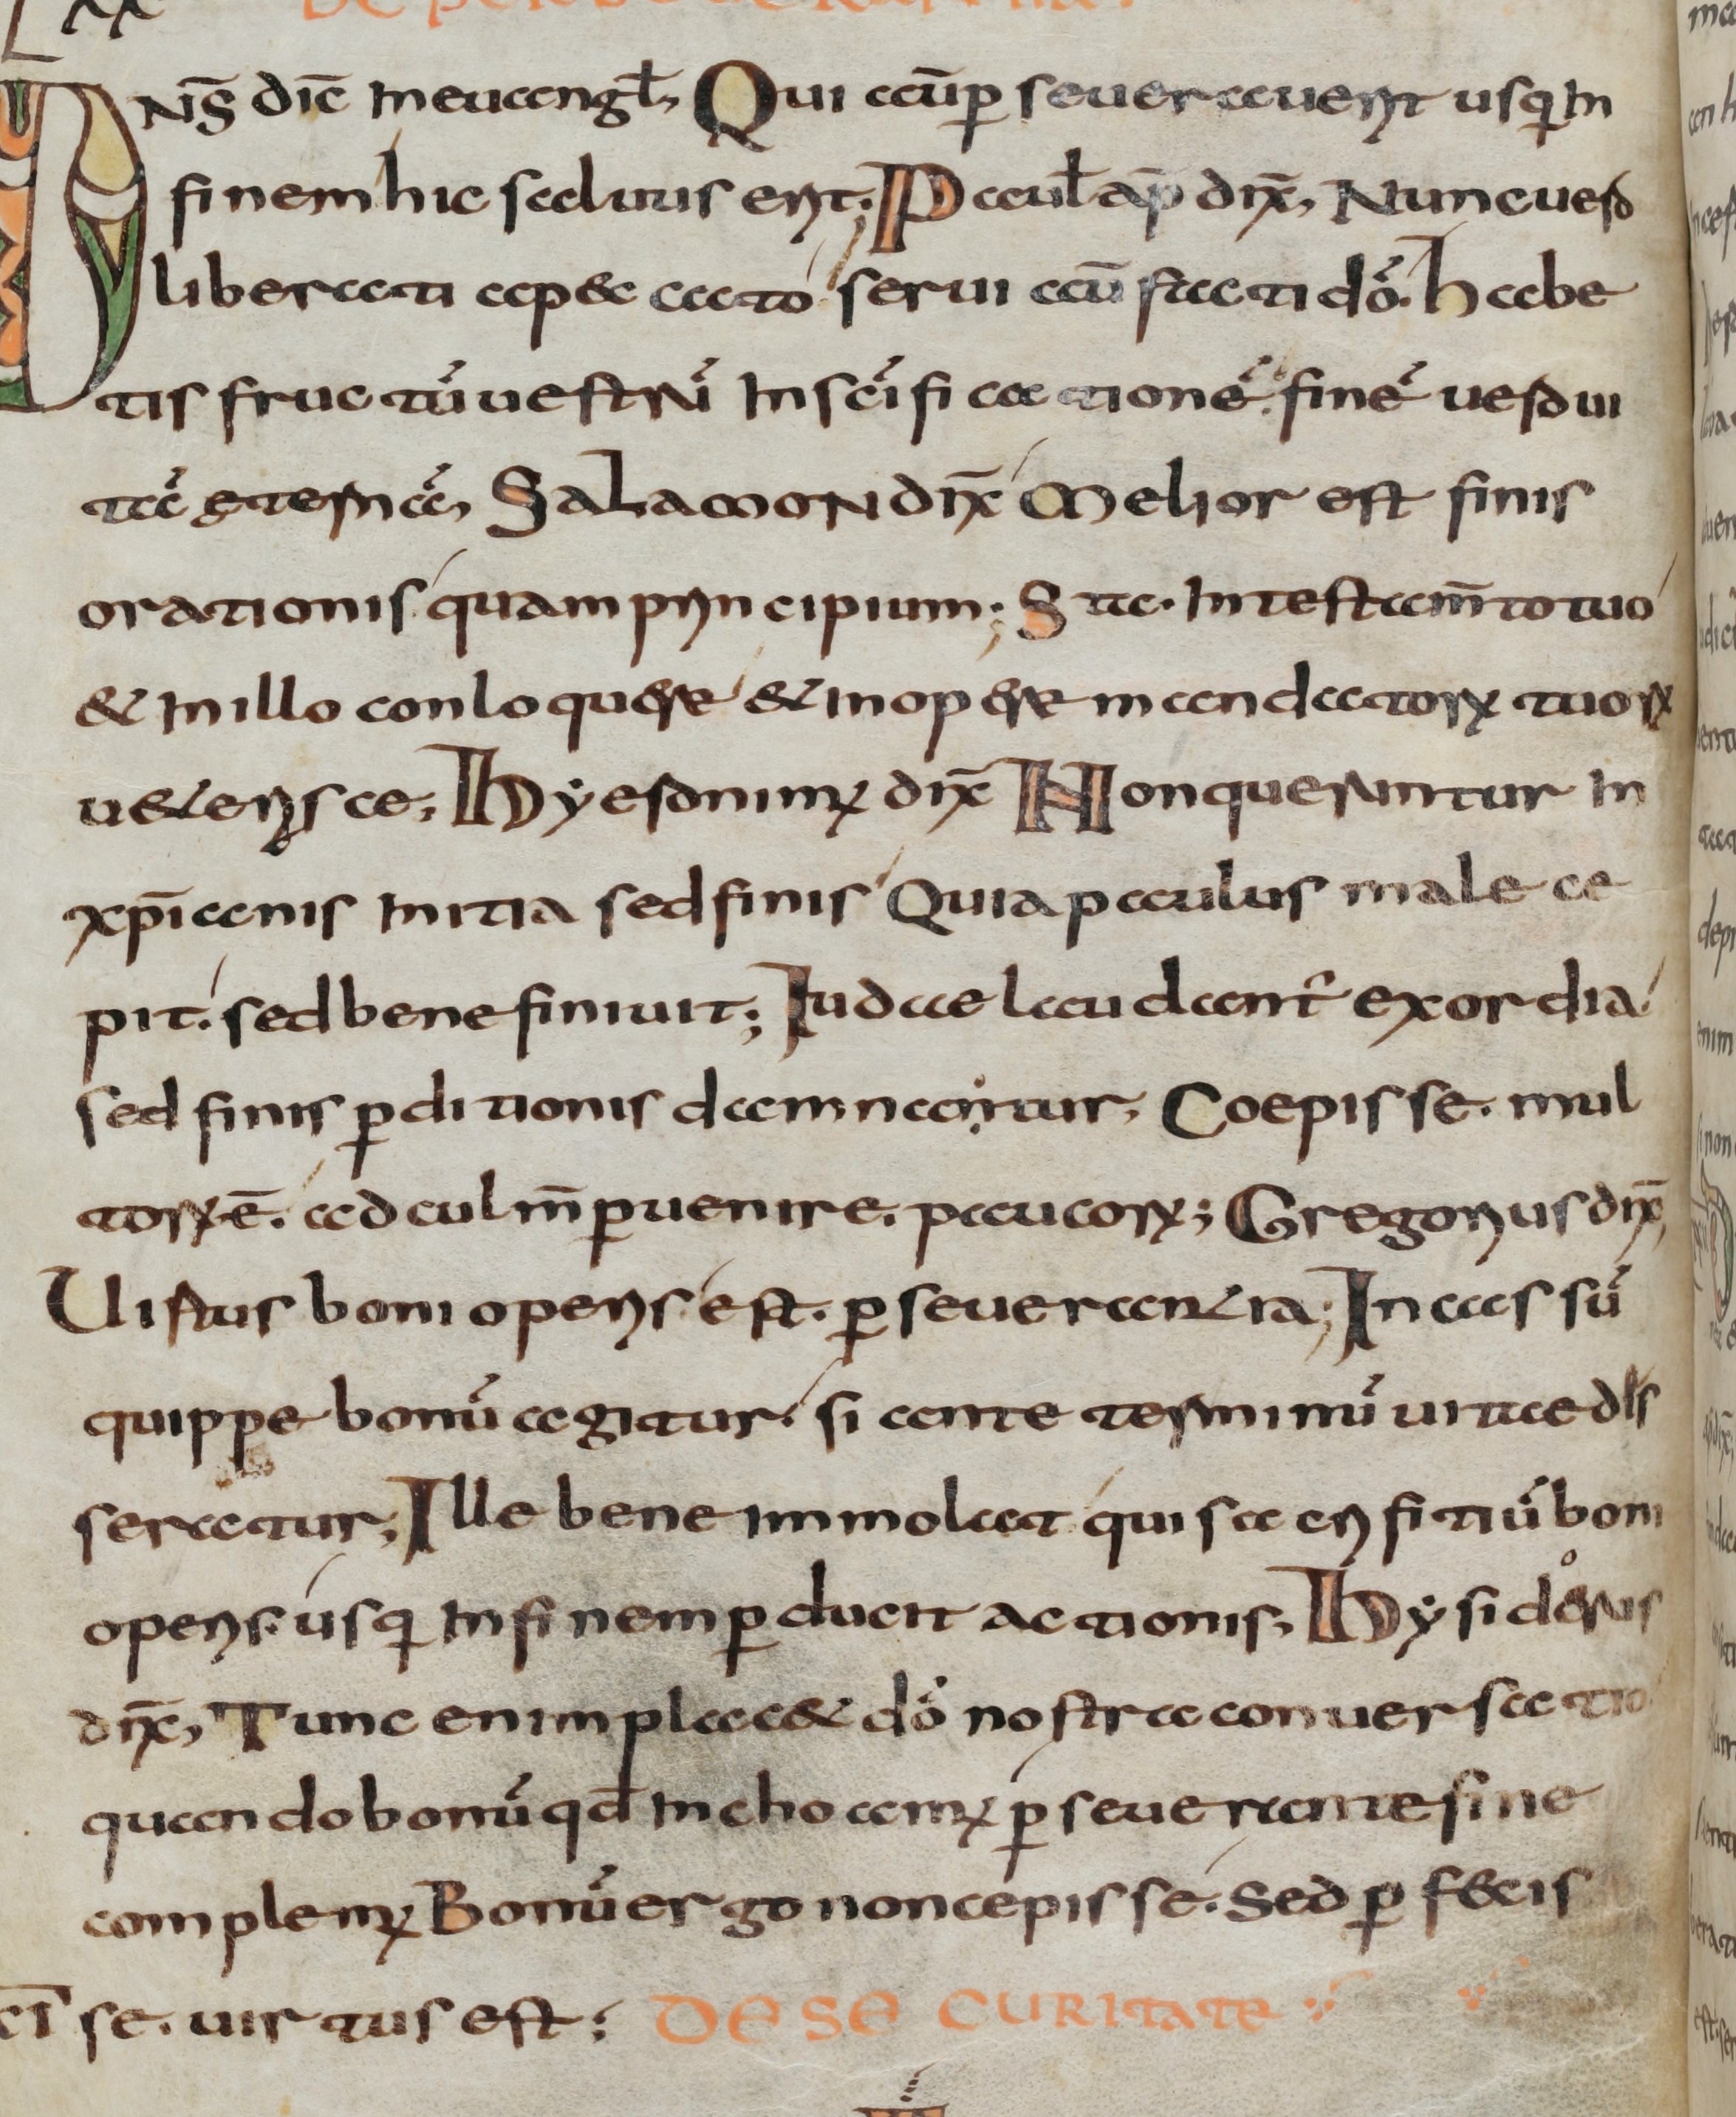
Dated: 800–830